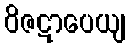
ဝိဇဋာပေယျ